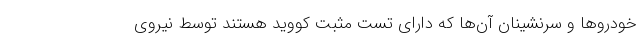
خودروها و سرنشینان آن‌ها که دارای تست مثبت کووید هستند توسط نیروی